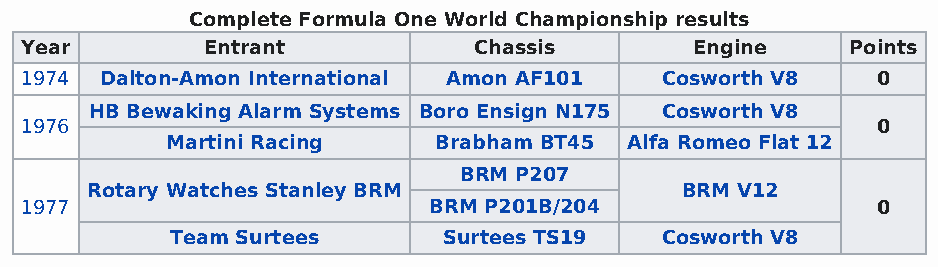
Complete Formula One World Championship results
 Year        Entrant           Chassis        Engine    Points
 1974  Dalton-Amon International Amon AF101 Cosworth V8   0
 HB Bewaking Alarm Systems Boro Ensign N175 Cosworth V8
 1976                                                     0
 Martini Racing    Brabham BT45 Alfa Romeo Flat 12
 BRM P207
 Rotary Watches Stanley BRM             BRM V12
 1977                       BRM P201B/204                 0
 Team Surtees      Surtees TS19   Cosworth V8